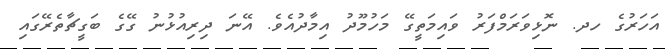
އަހަރުގެ ހދ. ނޮޅިވަރަމްފަރު ވައިމަތީގޭ މަހުމޫދު އިމާދުއެވެ. އޭނަ ދިރިއުޅުނު ގޭގެ ބަގީޗާތެރޭގައި